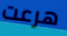
هرعت